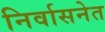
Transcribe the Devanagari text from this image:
निर्वासनेत